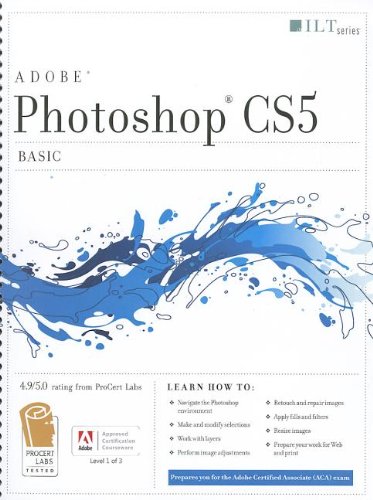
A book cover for Photoshop Cs5: Basic, Aca Edition + Certblaster (ILT); Computers & Technology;